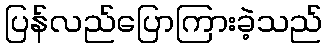
ပြန်လည်ပြောကြားခဲ့သည်